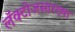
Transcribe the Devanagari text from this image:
लॅक्टोजसारख्या